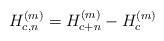
LaTeX: \begin{align*} H_{c,n}^{(m)} = H_{c+n}^{(m)} - H_c^{(m)}\end{align*}